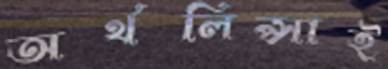
অর্থলিপ্সাই